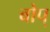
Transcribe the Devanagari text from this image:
बोप्